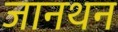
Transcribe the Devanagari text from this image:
जानथन